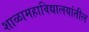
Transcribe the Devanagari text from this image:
शाळामहाविद्यालयांतील